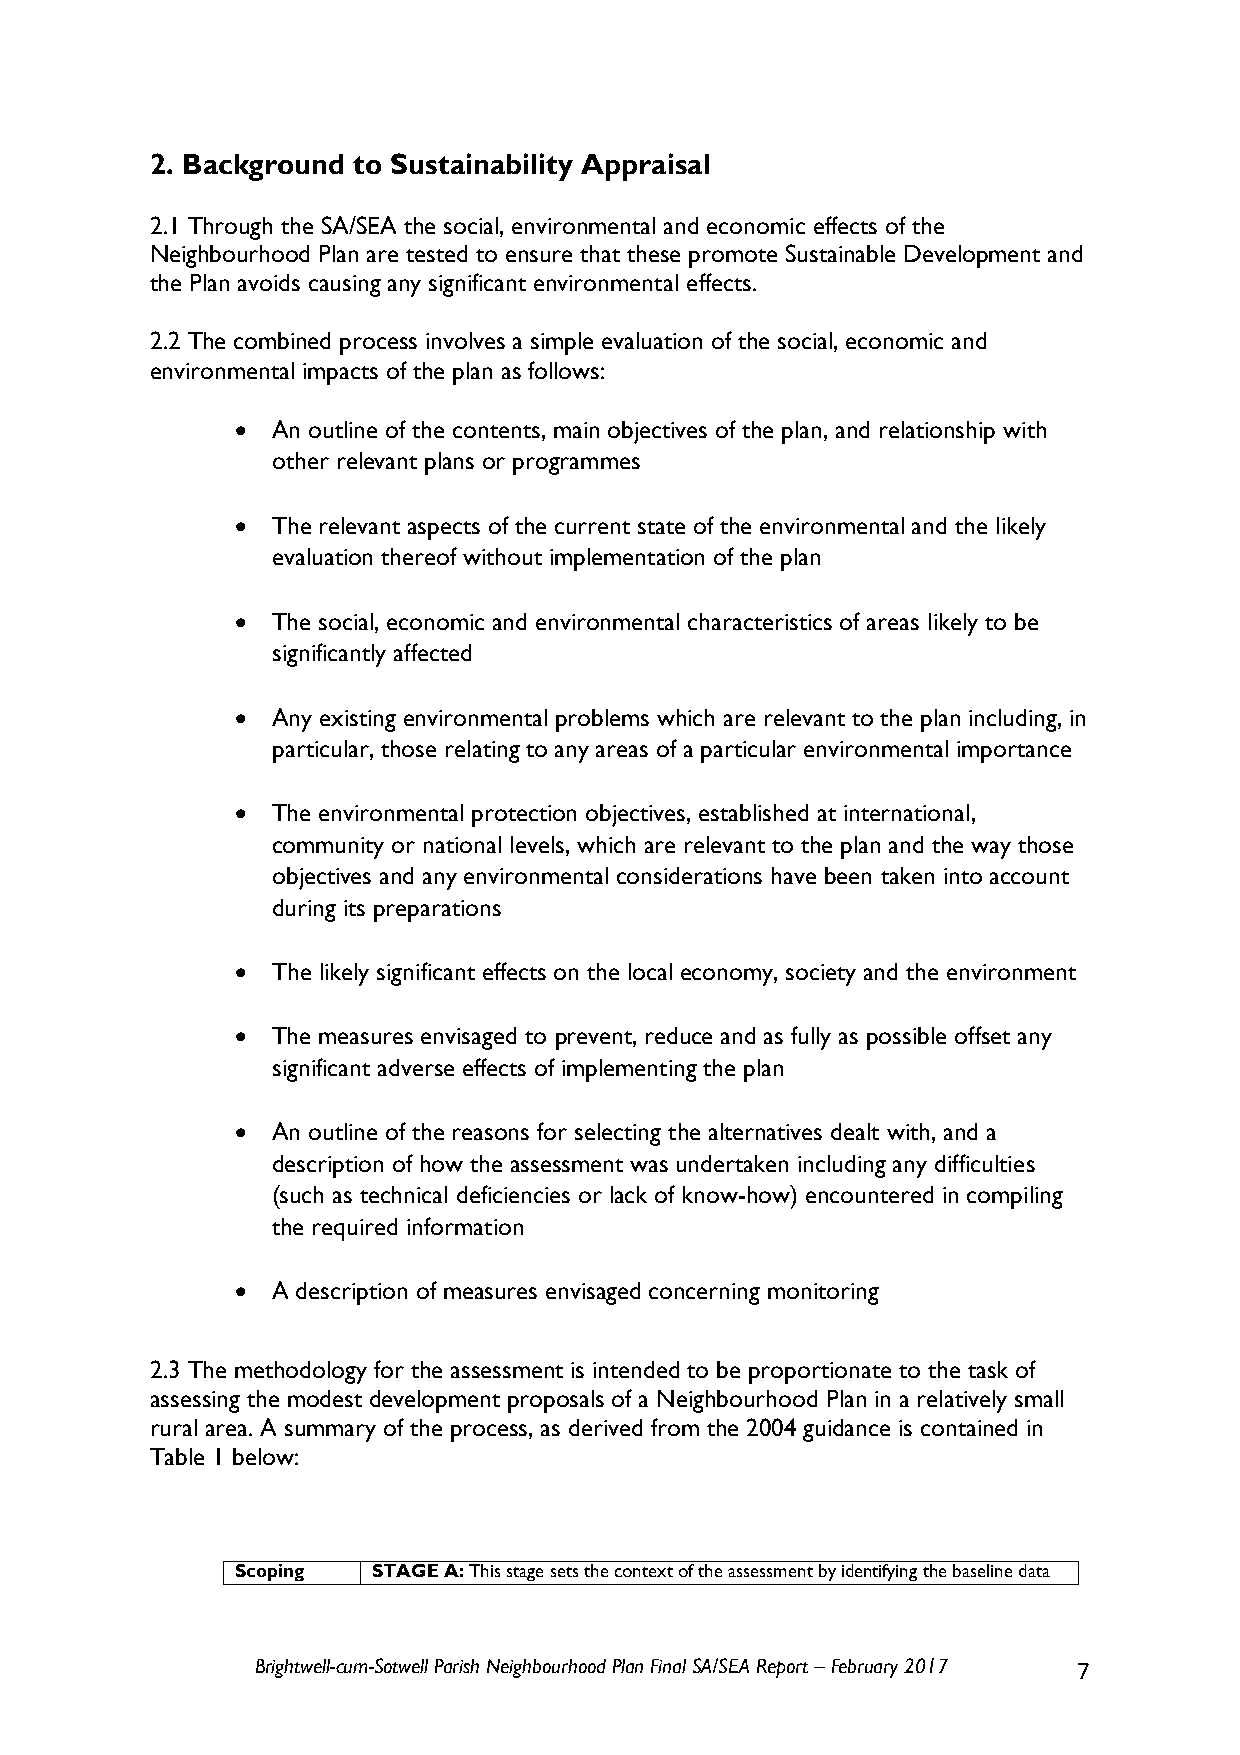
2. Background to Sustainability Appraisal
 2.1 Through the SA/SEA the social, environmental and economic effects of the
 Neighbourhood Plan are tested to ensure that these promote Sustainable Development and
 the Plan avoids causing any significant environmental effects.
 2.2 The combined process involves a simple evaluation of the social, economic and
 environmental impacts of the plan as follows:
  An outline of the contents, main objectives of the plan, and relationship with
 other relevant plans or programmes
  The relevant aspects of the current state of the environmental and the likely
 evaluation thereof without implementation of the plan
  The social, economic and environmental characteristics of areas likely to be
 significantly affected
  Any existing environmental problems which are relevant to the plan including, in
 particular, those relating to any areas of a particular environmental importance
  The environmental protection objectives, established at international,
 community or national levels, which are relevant to the plan and the way those
 objectives and any environmental considerations have been taken into account
 during its preparations
  The likely significant effects on the local economy, society and the environment
  The measures envisaged to prevent, reduce and as fully as possible offset any
 significant adverse effects of implementing the plan
  An outline of the reasons for selecting the alternatives dealt with, and a
 description of how the assessment was undertaken including any difficulties
 (such as technical deficiencies or lack of know-how) encountered in compiling
 the required information
  A description of measures envisaged concerning monitoring
 2.3 The methodology for the assessment is intended to be proportionate to the task of
 assessing the modest development proposals of a Neighbourhood Plan in a relatively small
 rural area. A summary of the process, as derived from the 2004 guidance is contained in
 Table 1 below:
 Scoping  STAGE A: This stage sets the context of the assessment by identifying the baseline data
 Brightwell-cum-Sotwell Parish Neighbourhood Plan Final SA/SEA Report – February 2017 7